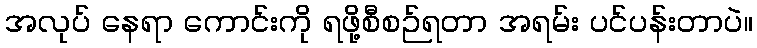
အလုပ် နေရာ ကောင်းကို ရဖို့စီစဉ်ရတာ အရမ်း ပင်ပန်းတာပဲ။